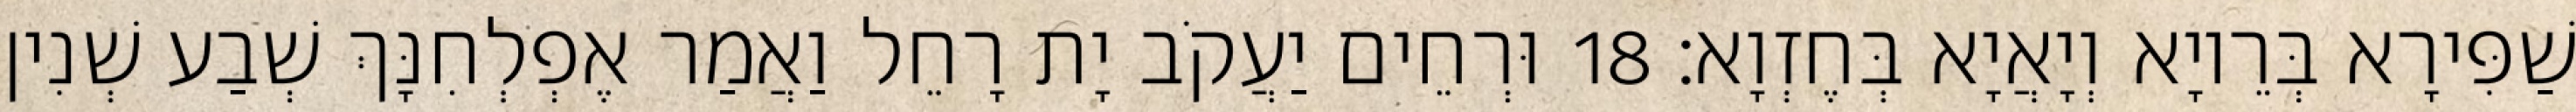
שַׁפִּירָא בְּרֵיוָא וְיָאֲיָא בְּחֶזְוָא׃ 18 וּרְחֵים יַעֲקֹב יָת רָחֵל וַאֲמַר אֶפְלְחִנָּךְ שְׁבַע שְׁנִין